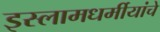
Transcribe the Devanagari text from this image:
इस्लामधर्मीयांचे